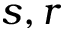
s , r